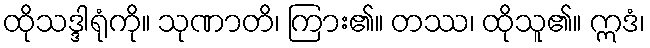
ထိုသဒ္ဒါရုံကို။ သုဏာတိ၊ ကြား၏။ တဿ၊ ထိုသူ၏။ ဣဒံ၊